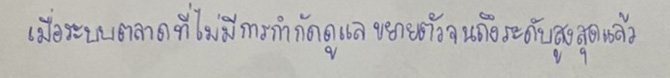
เมื่อระบบตลาดที่ไม่มีการกำกับดูแลขยายตัวจนถึงระดับสูงสุดแล้ว